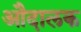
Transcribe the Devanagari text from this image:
औदालक